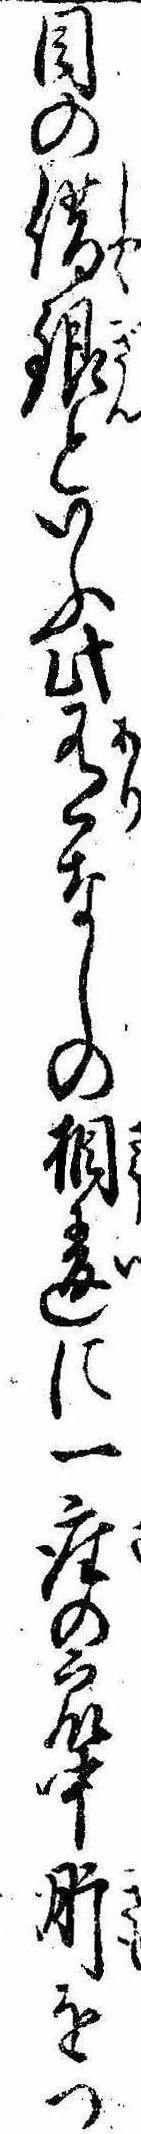
目の借銀といふ此有なしの相違に一座の衆中肝をつ